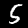
Digit: 5